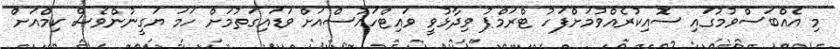
މި އެއްބަސްވުމުގައި ސޮއިކުރެއްވުމަށްފަހު ޓްރަމްޕު ވިދާޅުވީ ވައިޓްހައުސްއަށް ވަޑައިގަތުމަށް ހަމަ ޔަގީނުންވެސް ކިމްއަށް